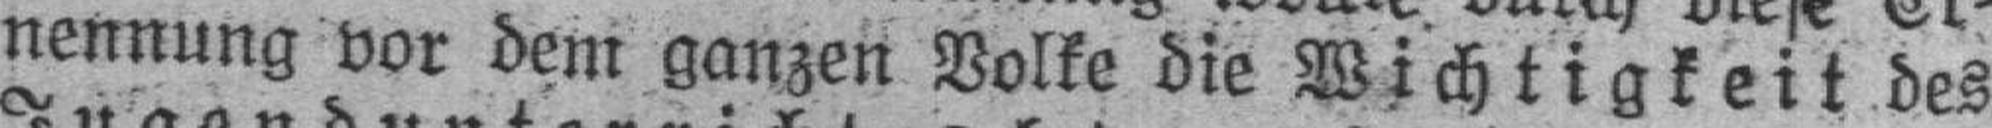
nennung vor dem ganzen Volke die Wichtigkeit des